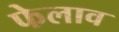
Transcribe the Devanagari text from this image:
फेलाव